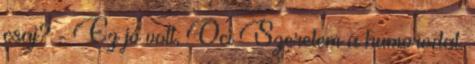
csaj? - Ez jó volt, Oci Szeretem a humorodat.